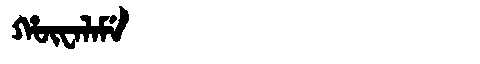
Manchu: ᡥᡡᠸᠠᠯᠠᠮᡝ
Romanization: HŪWALAME